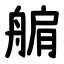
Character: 䑷